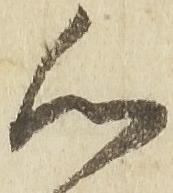
心